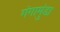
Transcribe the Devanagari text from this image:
गंगामुंडा